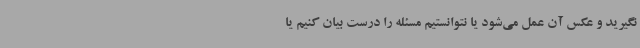
نگیرید و عکس آن عمل می‌شود یا نتوانستیم مسئله را درست بیان کنیم یا